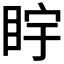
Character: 𪾩